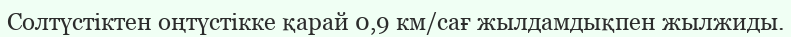
Солтүстіктен оңтүстікке қарай 0,9 км/сағ жылдамдықпен жылжиды.